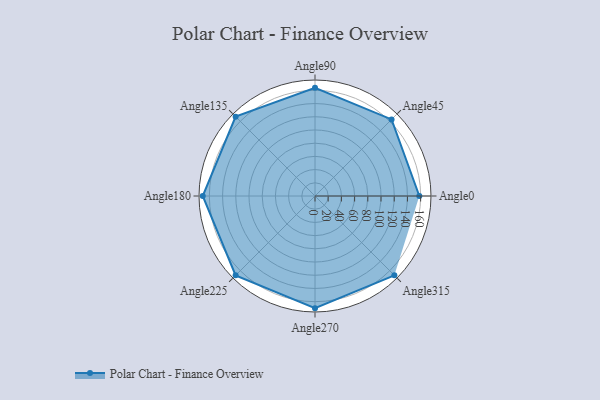
{"axis": {"x": "Angle", "y": "Radius"}, "legend": [""], "data": [{"x": "Angle0", "y": 158.0, "type": ""}, {"x": "Angle45", "y": 164.0, "type": ""}, {"x": "Angle90", "y": 164.0, "type": ""}, {"x": "Angle135", "y": 170, "type": ""}, {"x": "Angle180", "y": 170, "type": ""}, {"x": "Angle225", "y": 170, "type": ""}, {"x": "Angle270", "y": 170, "type": ""}, {"x": "Angle315", "y": 170, "type": ""}]}